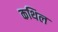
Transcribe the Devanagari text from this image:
कथिल